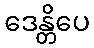
ဒေန္တိပေ